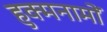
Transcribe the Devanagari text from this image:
हुक्मनामों